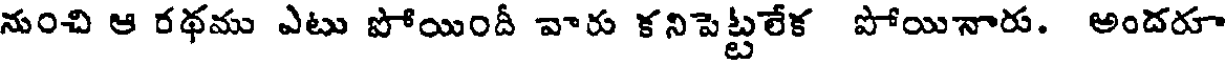
నుంచి ఆ రథము ఎటు పోయిందీ వారు కనిపెట్టలేక పోయినారు. అందరూ